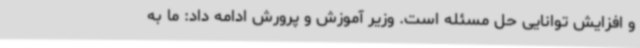
و افزایش توانایی حل مسئله است. وزیر آموزش و پرورش ادامه داد: ما به